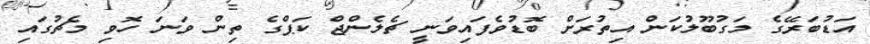
އަޑުބަރޭގެ މަގުބޫލުކަން އިތުރަށް ބޮޑުވެފައިވަނީ ޗެލެންޖް ކަޕްގެ ތިން ވަނަ ހޮވި މެޗުގައި